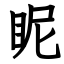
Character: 眤